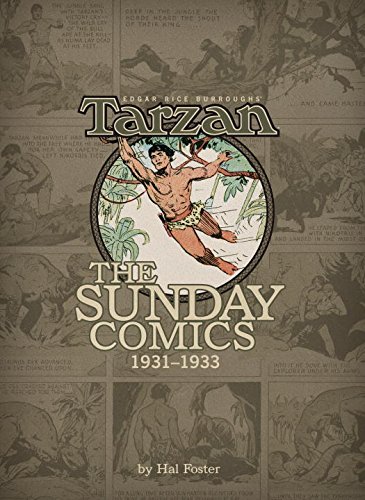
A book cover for Edgar Rice Burroughs' Tarzan: The Sunday Comics, 1931-1933 Volume 1 (Edgar Rice Burroughs' Tarzan Sundays); George A. Carlin; Comics & Graphic Novels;